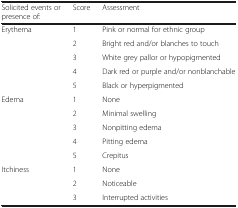
| Solicited events or presence of: | Score | Assessment |
 | --- | --- | --- |
 | Erythema | 1 | Pink or normal for ethnic group |
 |  | 2 | Bright red and/or blanches to touch |
 |  | 3 | White grey pallor or hypopigmented |
 |  | 4 | Dark red or purple and/or nonblanchable |
 |  | 5 | Black or hyperpigmented |
 | Edema | 1 | None |
 |  | 2 | Minimal swelling |
 |  | 3 | Nonpitting edema |
 |  | 4 | Pitting edema |
 |  | 5 | Crepitus |
 | Itchiness | 1 | None |
 |  | 2 | Noticeable |
 |  | 3 | Interrupted activities |